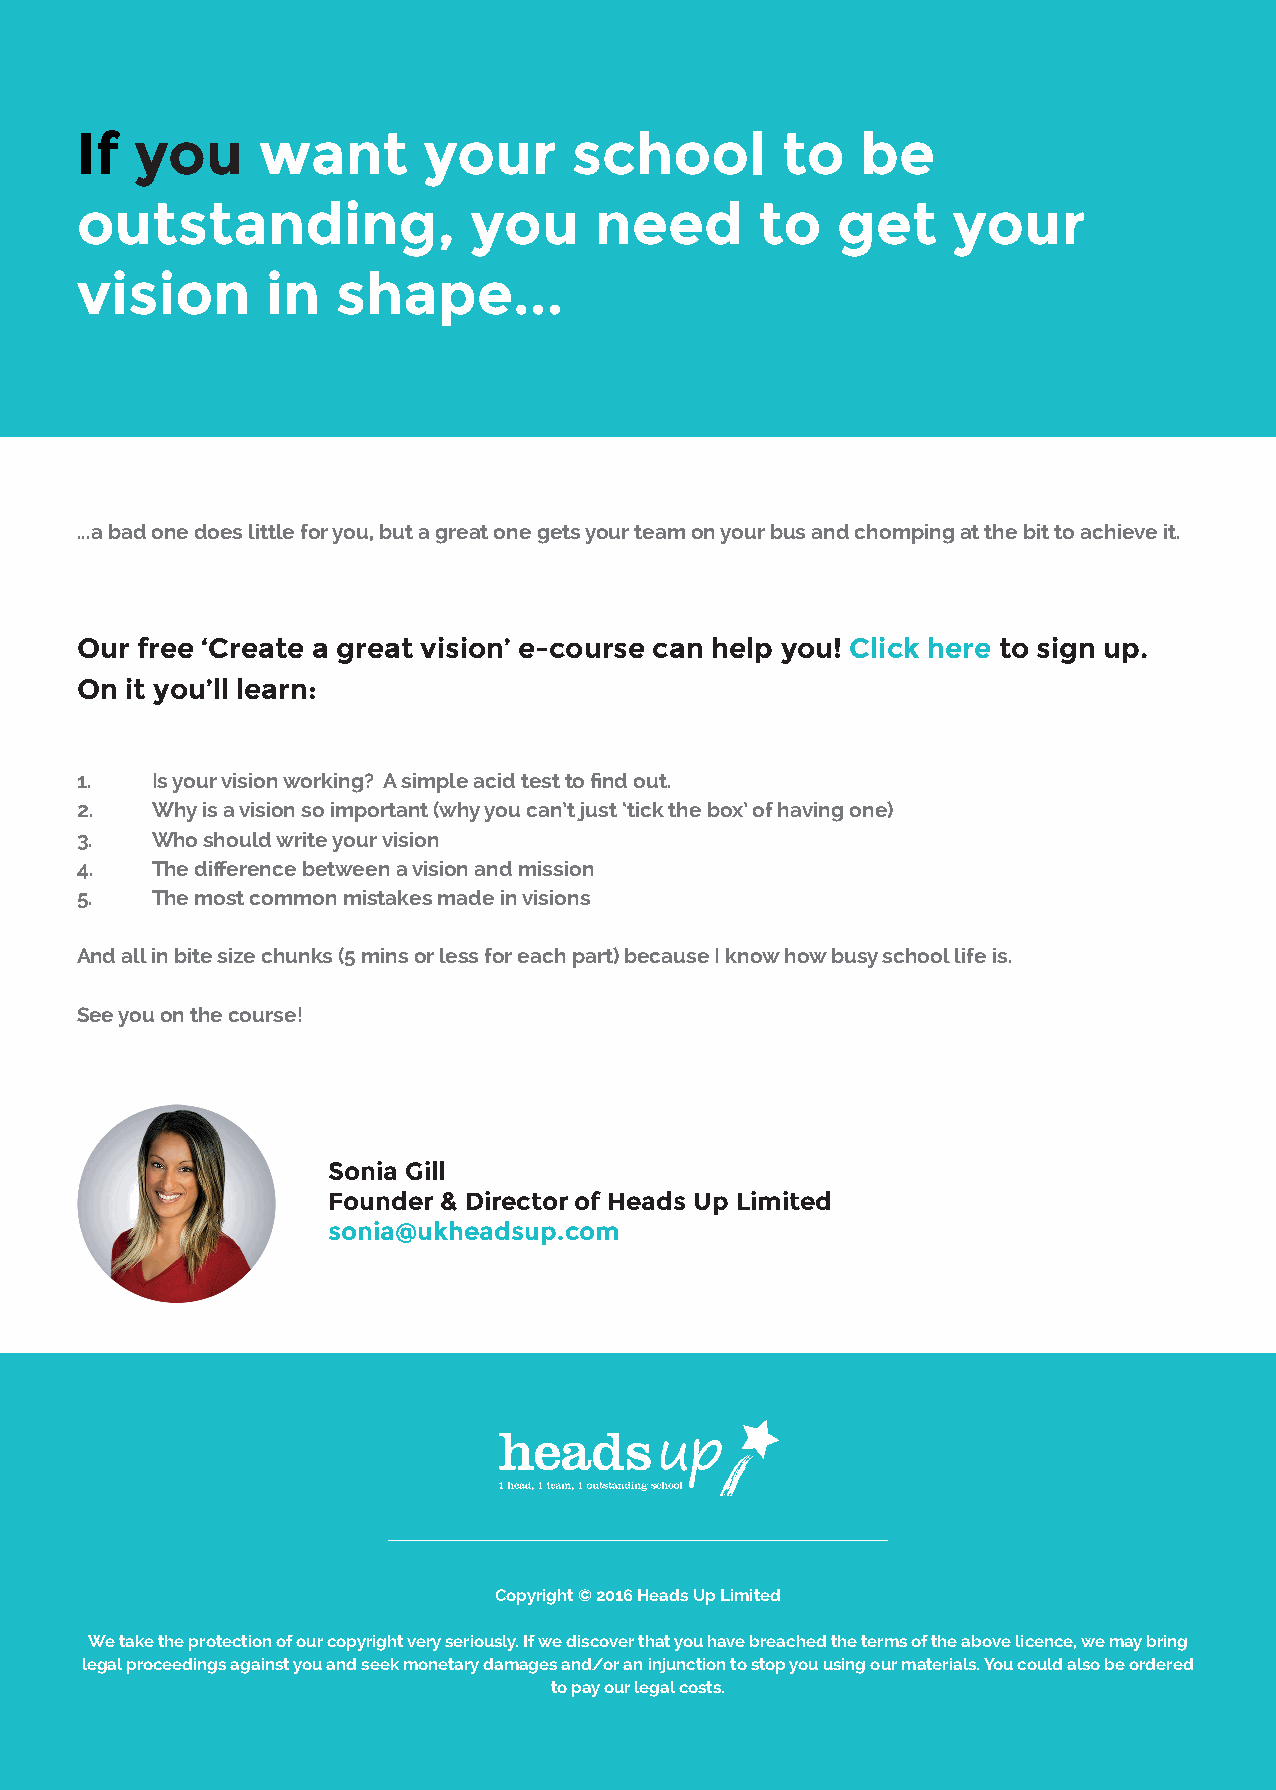
If  you     want       your      school        to   be
 outstanding,              you     need       to   get     your
 vision       in  shape...
 ...a bad one does little for you, but a great one gets your team on your bus and chomping at the bit to achieve it.
 Our free ‘Create a great vision’ e-course can help you! Click here to sign up.
 On it you’ll learn:
 1.   Is your vision working? A simple acid test to find out.
 2.   Why is a vision so important (why you can’t just ‘tick the box’ of having one)
 3.   Who should write your vision
 4.   The difference between a vision and mission
 5.   The most common mistakes made in visions
 And all in bite size chunks (5 mins or less for each part) because I know how busy school life is.
 See you on the course!
 Sonia Gill
 Founder & Director of Heads Up Limited
 sonia@ukheadsup.com
 Copyright © 2016 Heads Up Limited
 We take the protection of our copyright very seriously. If we discover that you have breached the terms of the above licence, we may bring
 legal proceedings against you and seek monetary damages and/or an injunction to stop you using our materials. You could also be ordered
 to pay our legal costs.